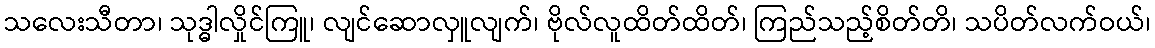
သလေးသီတာ၊ သုဒ္ဓါလှိုင်ကြူ၊ လျင်ဆောလှူလျက်၊ ဗိုလ်လူထိတ်ထိတ်၊ ကြည်သည့်စိတ်တိ၊ သပိတ်လက်ဝယ်၊